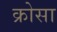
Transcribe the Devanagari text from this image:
क्रोसा